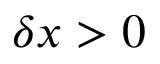
\delta x > 0